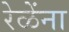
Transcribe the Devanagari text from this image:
रेळेंना